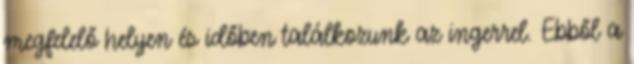
megfelelő helyen és időben találkozunk az ingerrel. Ebből a